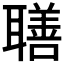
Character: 𦗢